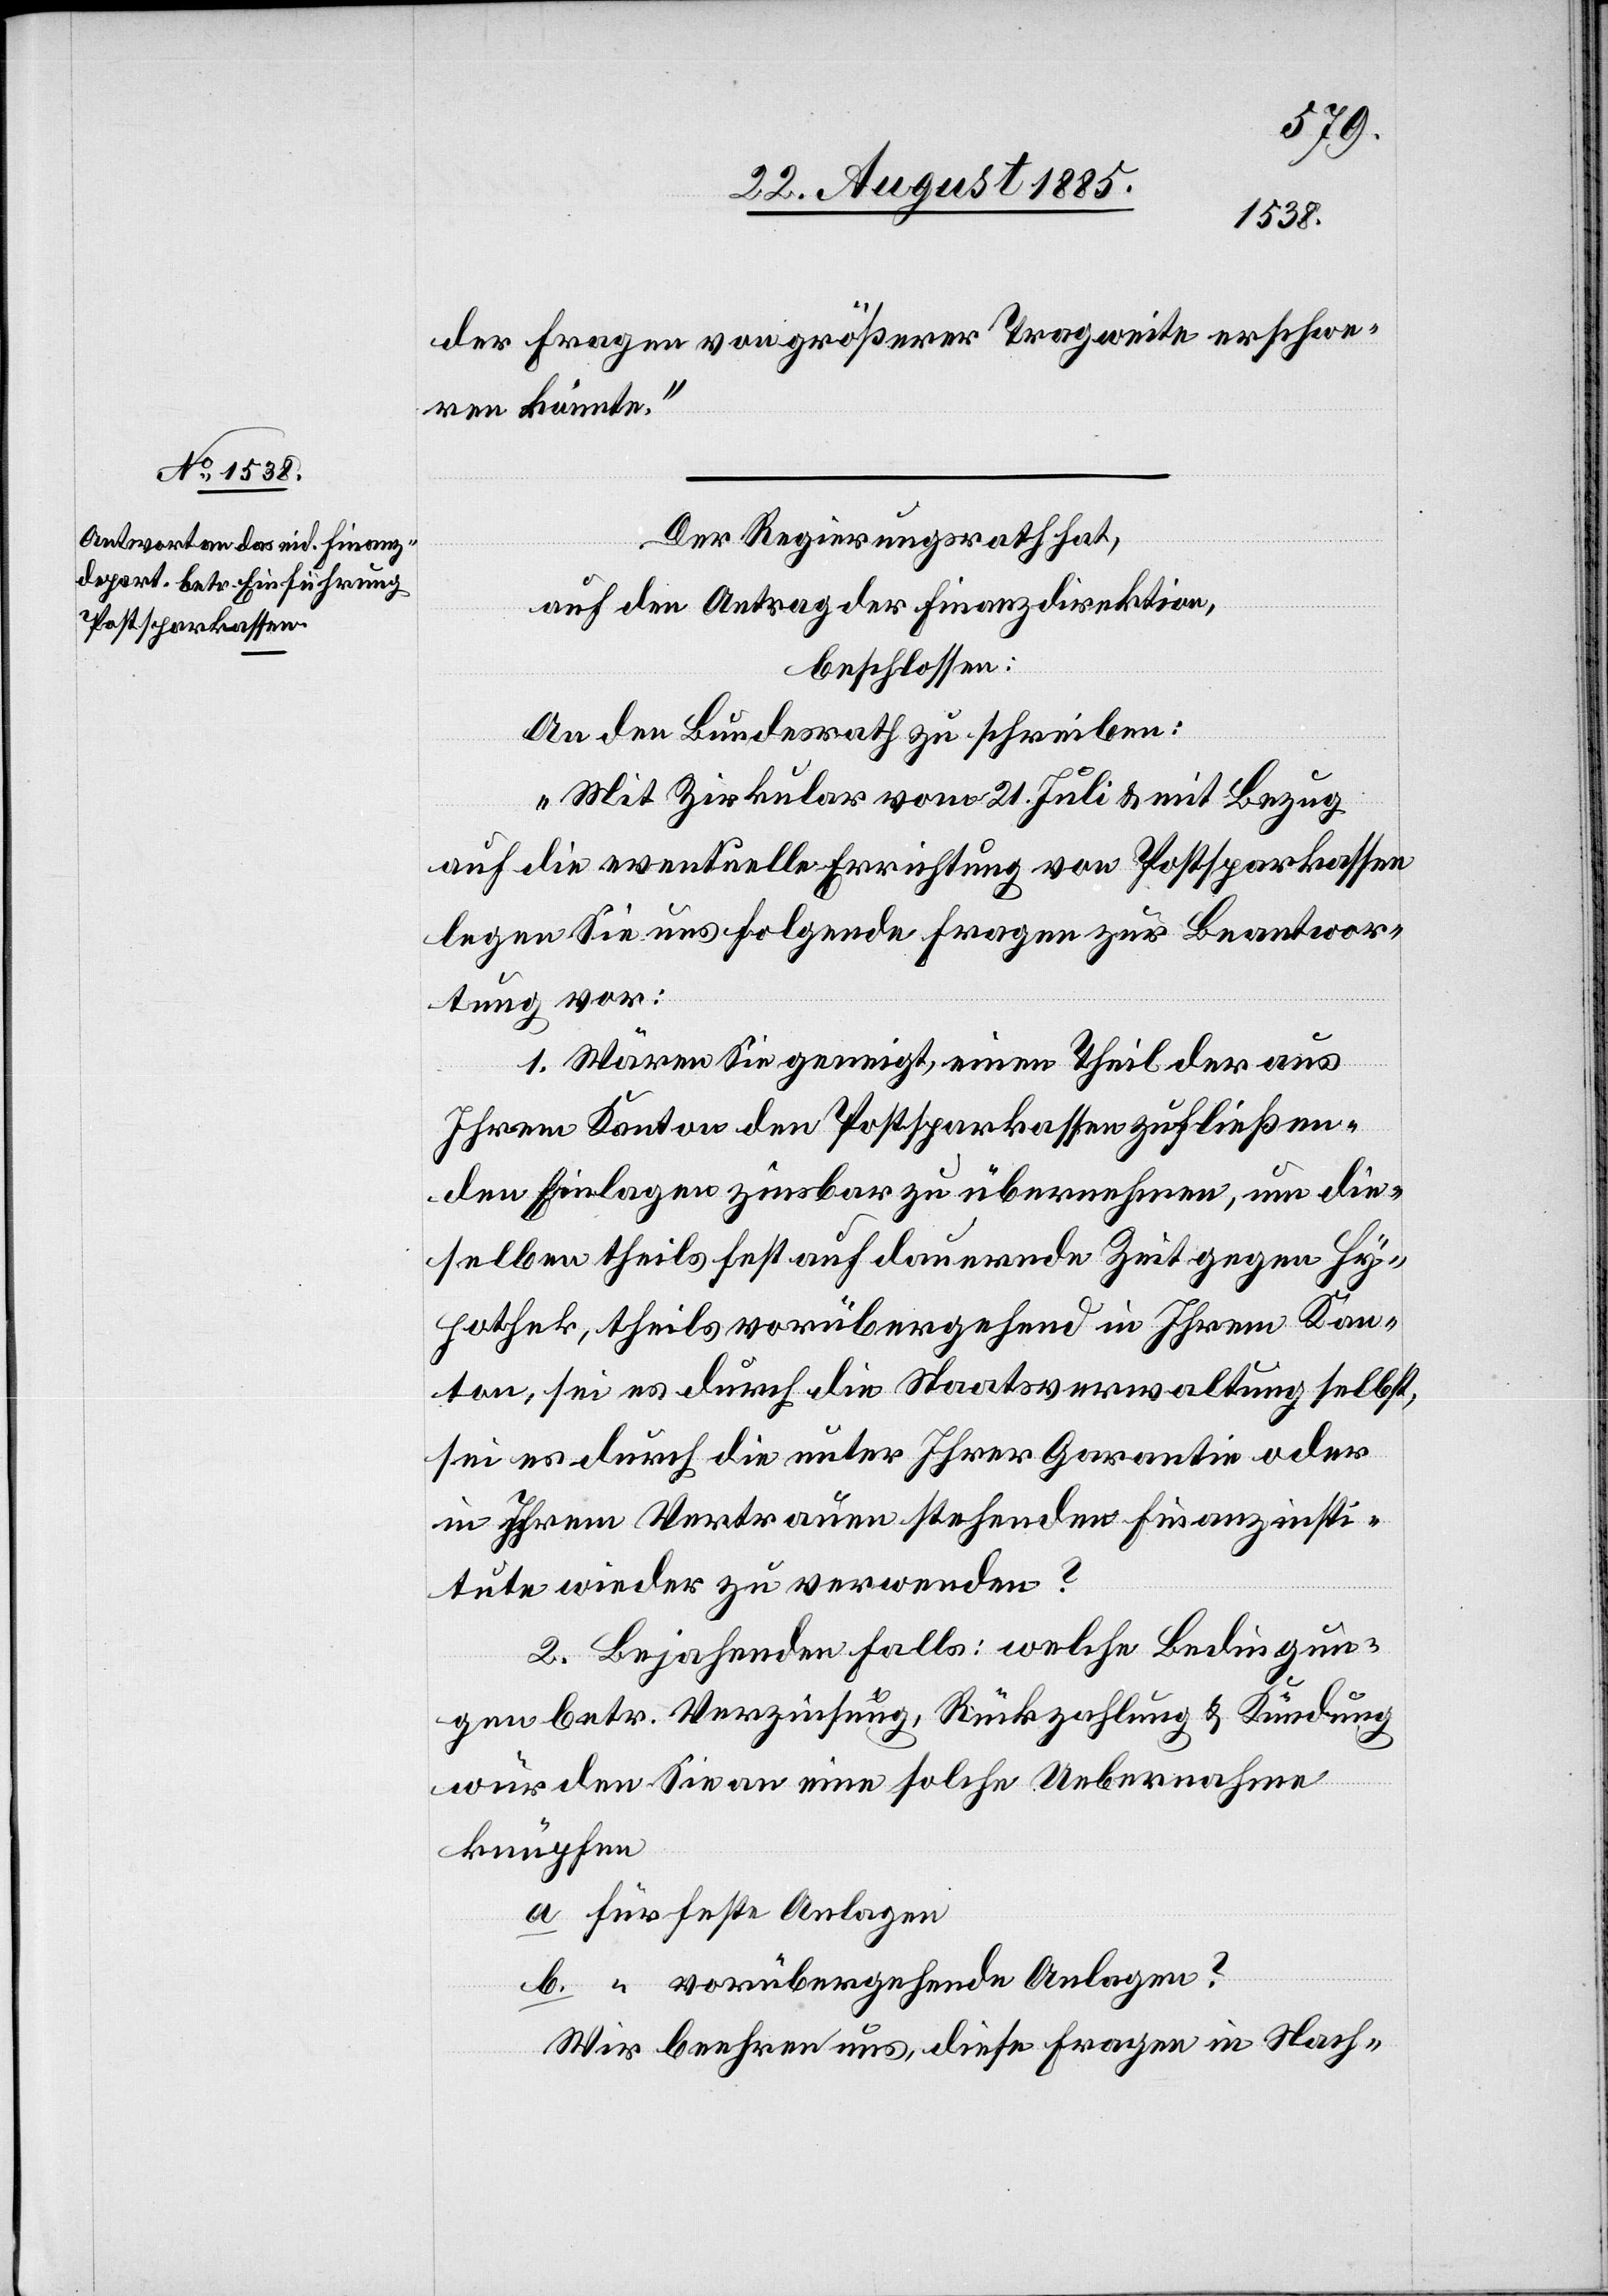
der Fragen von größerer Tragweite erschwe¬
ren könnte.“
Der Regierungsrath hat,
auf den Antrag der Finanzdirektion,
Anlagen
beschlossen:
b.
An den Bundesrath zu schreiben:
„Mit Zirkular vom 21. Juli & mit Bezug
auf die eventuelle Errichtung von Postsparkassen
legen Sie uns folgende Fragen zur Beantwor¬
tung vor:
1. Wären Sie geneigt, einen Theil der aus
Ihrem Kanton den Postsparkassen zufließen¬
den Einlagen zinsbar zu übernehmen, um die¬
selben theils fest auf dauernde Zeit gegen Hy¬
pothek, theils vorübergehend in Ihrem Kan¬
ton, sei es durch die Staatsverwaltung selbst,
sei es durch die unter Ihrer Garantie oder
in Ihrem Vertrauen stehenden Finanzinsti¬
tute wieder zu verwenden?
2. Bejahenden Falls: welche Bedingun¬
gen betr. Verzinsung, Rückzahlung & Kündung
würden Sie an eine solche Uebernahme
knüpfen
vorübergehende Anlagen?
Wir beehren uns, diese Fragen in Nach-